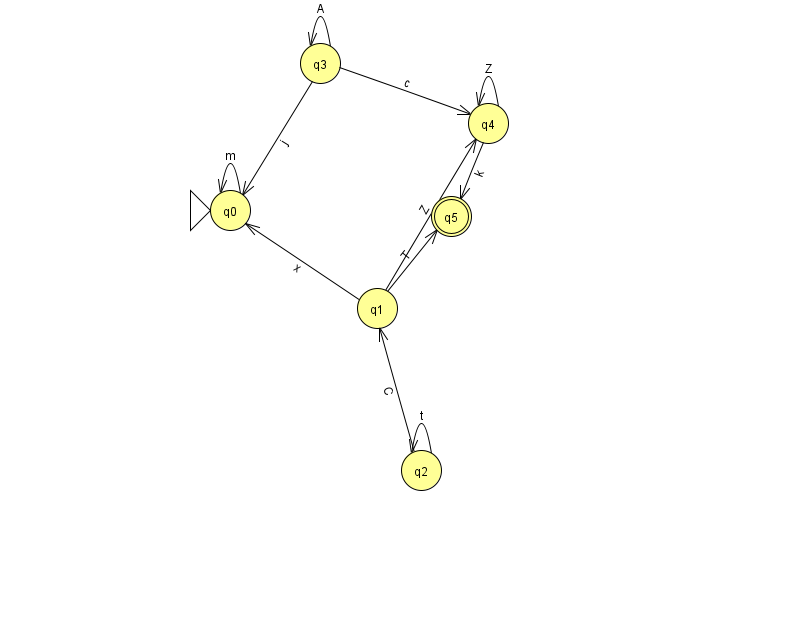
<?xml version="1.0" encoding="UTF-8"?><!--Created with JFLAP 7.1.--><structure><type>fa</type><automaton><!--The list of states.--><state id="0" name="q0"><x>230.0</x><y>197.0</y><initial/></state><state id="1" name="q1"><x>377.0</x><y>295.0</y></state><state id="2" name="q2"><x>421.0</x><y>457.0</y></state><state id="3" name="q3"><x>320.0</x><y>50.0</y></state><state id="4" name="q4"><x>488.0</x><y>110.0</y></state><state id="5" name="q5"><x>451.0</x><y>203.0</y><final/></state><!--The list of transitions.--><transition><from>3</from><to>3</to><read>A</read></transition><transition><from>4</from><to>5</to><read>k</read></transition><transition><from>2</from><to>2</to><read>t</read></transition><transition><from>1</from><to>0</to><read>x</read></transition><transition><from>2</from><to>1</to><read>C</read></transition><transition><from>4</from><to>4</to><read>Z</read></transition><transition><from>1</from><to>4</to><read>Z</read></transition><transition><from>3</from><to>4</to><read>c</read></transition><transition><from>0</from><to>0</to><read>m</read></transition><transition><from>1</from><to>5</to><read>T</read></transition><transition><from>3</from><to>0</to><read>j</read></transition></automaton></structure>